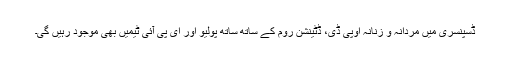
ڈسپنسری میں مردانہ و زنانہ اوپی ڈی، ڈٹینشن روم کے ساتھ ساتھ پولیو اور ای پی آئی ٹیمیں بھی موجود رہیں گی۔